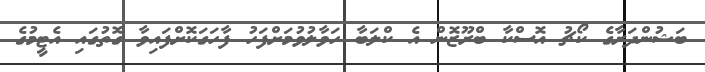
ބަޝުންދަރާގެ ކޯޗު އޮސްކާ ބްރޫޒޮން އެ ކްލަބާ ހަވާލުވުމަށްފަހު ފާހަގަކޮށްފައިވާ ގޮތުގައި އެޓީމުގެ